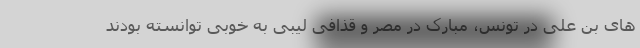
های بن علی در تونس، مبارک در مصر و قذافی لیبی به خوبی توانسته بودند